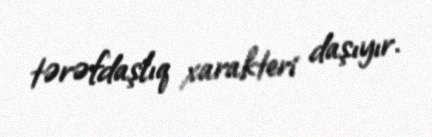
tərəfdaşlıq xarakteri daşıyır.